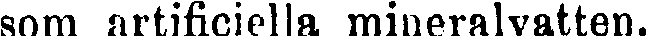
som artificiella mineralvatten.